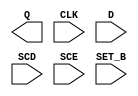
module sky130_fd_sc_hd__sdfstp (
    Q    ,
    CLK  ,
    D    ,
    SCD  ,
    SCE  ,
    SET_B
);

    output Q    ;
    input  CLK  ;
    input  D    ;
    input  SCD  ;
    input  SCE  ;
    input  SET_B;

    // Voltage supply signals
    supply1 VPWR;
    supply0 VGND;
    supply1 VPB ;
    supply0 VNB ;

endmodule